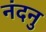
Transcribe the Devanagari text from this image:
नंदनु